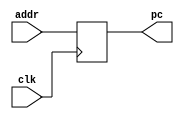
module program_counter
(
    input clk,
    input [31:0] addr,
    output reg [31:0] pc
);

initial begin
    pc = 0;
end
    
always @(posedge clk) begin
    pc <= addr;
end

endmodule